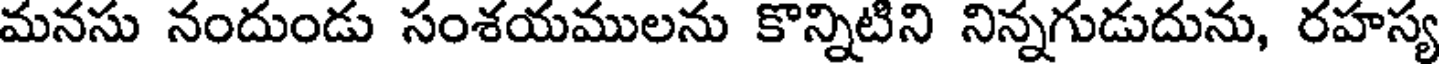
మనసు నందుండు సంశయములను కొన్నిటిని నిన్నగుడుదును, రహస్య